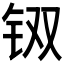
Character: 𲇵